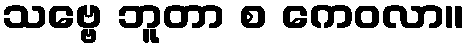
သဗ္ဗေ ဘူတာ စ ကေဝလာ။